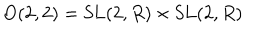
LaTeX: \mathrm { O } ( 2 , 2 ) = \mathrm { S L } ( 2 , R ) \times \mathrm { S L } ( 2 , R )